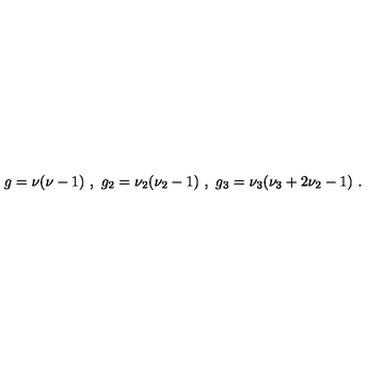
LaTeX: g = \nu ( \nu - 1 ) \ , \ g _ { 2 } = \nu _ { 2 } ( \nu _ { 2 } - 1 ) \ , \ g _ { 3 } = \nu _ { 3 } ( \nu _ { 3 } + 2 \nu _ { 2 } - 1 ) \ .